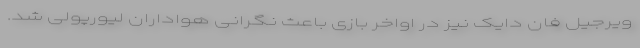
ویرجیل فان دایک نیز در اواخر بازی باعث نگرانی هواداران لیورپولی شد.